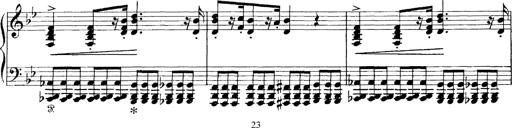
Title: Scherzo und Marsch
Composer: Franz Liszt